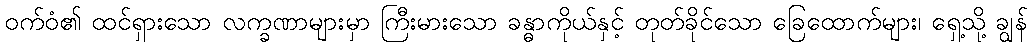
ဝက်ဝံ၏ ထင်ရှားသော လက္ခဏာများမှာ ကြီးမားသော ခန္ဓာကိုယ်နှင့် တုတ်ခိုင်သော ခြေထောက်များ၊ ရှေ့သို့ ချွန်